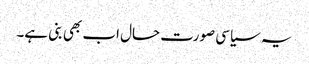
یہ سیاسی صورت حال اب بھی بنی ہے۔